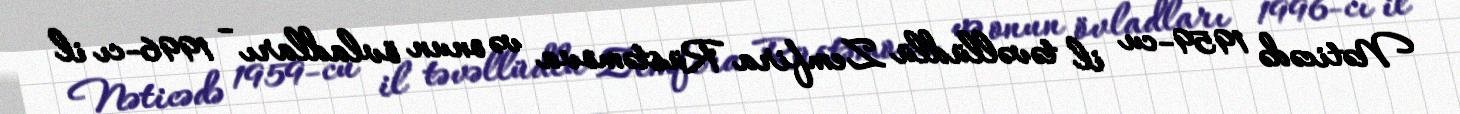
Nəticədə 1959-cu il təvəllüdlü Zemfira Rüstəmova və onun övladları - 1996-cı il